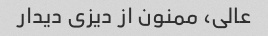
عالی، ممنون از دیزی دیدار